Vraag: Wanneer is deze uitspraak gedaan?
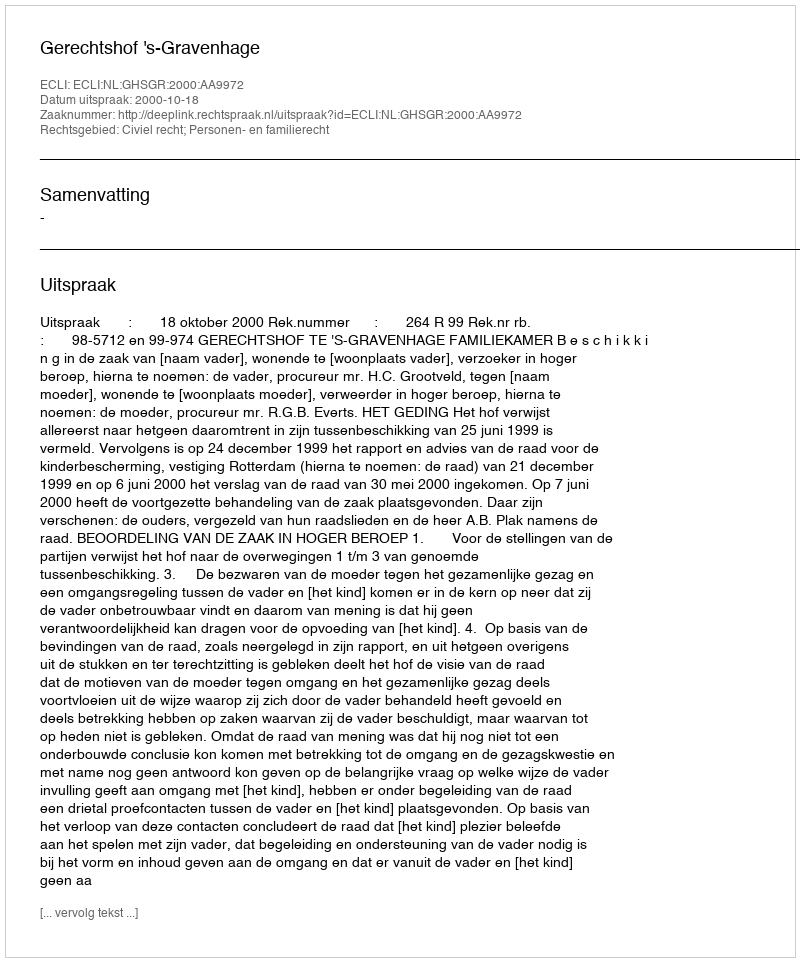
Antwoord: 2000-10-18